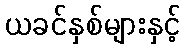
ယခင်နှစ်များနှင့်